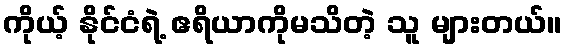
ကိုယ့် နိုင်ငံရဲ့ ဧရိယာကိုမသိတဲ့ သူ များတယ်။